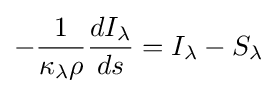
-{\frac {1}{\kappa _{\lambda }\rho }}{\frac {dI_{\lambda }}{ds}}=I_{\lambda }-S_{\lambda }